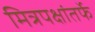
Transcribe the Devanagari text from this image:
मित्रपक्षांतर्फे